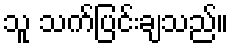
သူ သက်ပြင်းချသည်။